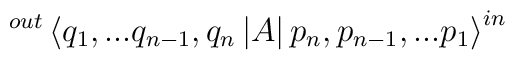
^{out}\left\langle q_{1},...q_{n-1},q_{n}\left| A\right|p_{n},p_{n-1},...p_{1}\right\rangle ^{in}